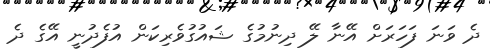
ދެ ވަނަ ފަހަރަށް އޭނާ ލޭ ދިނުމުގެ ޝައުގުވެރިކަން އުފެދުނީ އޭގެ ދެ